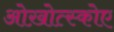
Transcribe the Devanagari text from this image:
ओख़ोत्स्कोए